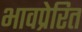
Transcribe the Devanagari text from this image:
भावप्रेरित